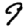
Digit: 9